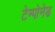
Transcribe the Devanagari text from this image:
टेम्पोनेड